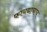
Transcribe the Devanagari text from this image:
फायद्याचाच